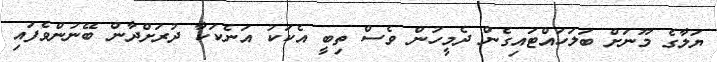
ޔަލާގެ މޫނަށް ބަލަހައްޓައިގެން ދެމީހުން ވެސް ތިބީ އެކަކު އަނެކަކާ ދުރަށްދާން ބޭނުންވެފައި